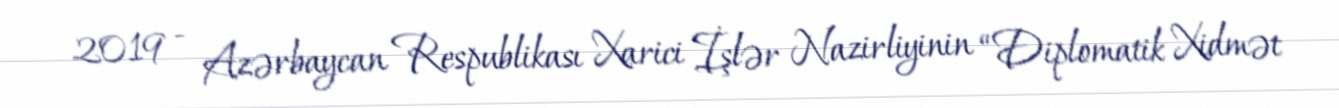
2019 - Azərbaycan Respublikası Xarici İşlər Nazirliyinin “Diplomatik Xidmət